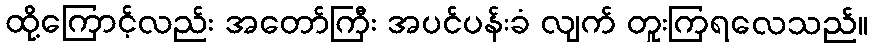
ထို့ကြောင့်လည်း အတော်ကြီး အပင်ပန်းခံ လျက် တူးကြရလေသည်။